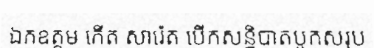
ឯកឧត្តម កើត សារ៉េត បើកសន្និបាតបូកសរុប